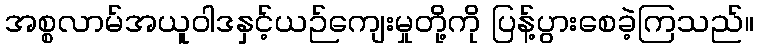
အစ္စလာမ်အယူဝါဒနှင့်ယဉ်ကျေးမှုတို့ကို ပြန့်ပွားစေခဲ့ကြသည်။